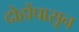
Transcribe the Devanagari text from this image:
दोहोंपासून